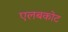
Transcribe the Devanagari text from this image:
एलबकोट